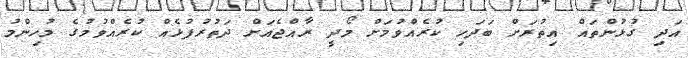
އަދި ގުޅުންތައް އިތުރަށް ބަދަހި ކުރެއްވުމަށް މޯދީ ރާއްޖެއަށް ދަތުރުފުޅެއް ކުރެއްވުމުގެ މުހިންމު